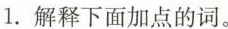
1.解释下面加点的词。